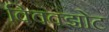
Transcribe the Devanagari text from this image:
क्विक्झोट